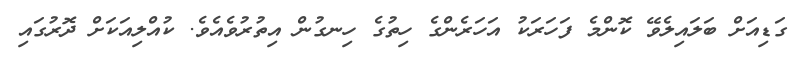
ގަޑިއަށް ބަލައިލެވޭ ކޮންމެ ފަހަރަކު އަހަރެންގެ ހިތުގެ ހިނގުން އިތުރުވެއެވެ. ކުއްލިއަކަށް ދޮރުގައި